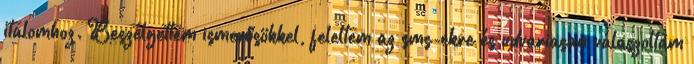
italomhoz. Beszélgettem ismerősökkel, feleltem az sms-ekre és udvariasan válaszoltam